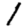
Digit: 1